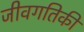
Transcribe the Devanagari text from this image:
जीवगतिकी